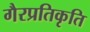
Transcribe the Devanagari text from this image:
गैरप्रतिकृति